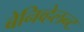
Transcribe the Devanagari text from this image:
बेनिव्हेलन्ट